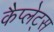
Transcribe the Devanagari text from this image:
कैप्लेट्स